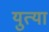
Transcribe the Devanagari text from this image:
युत्या